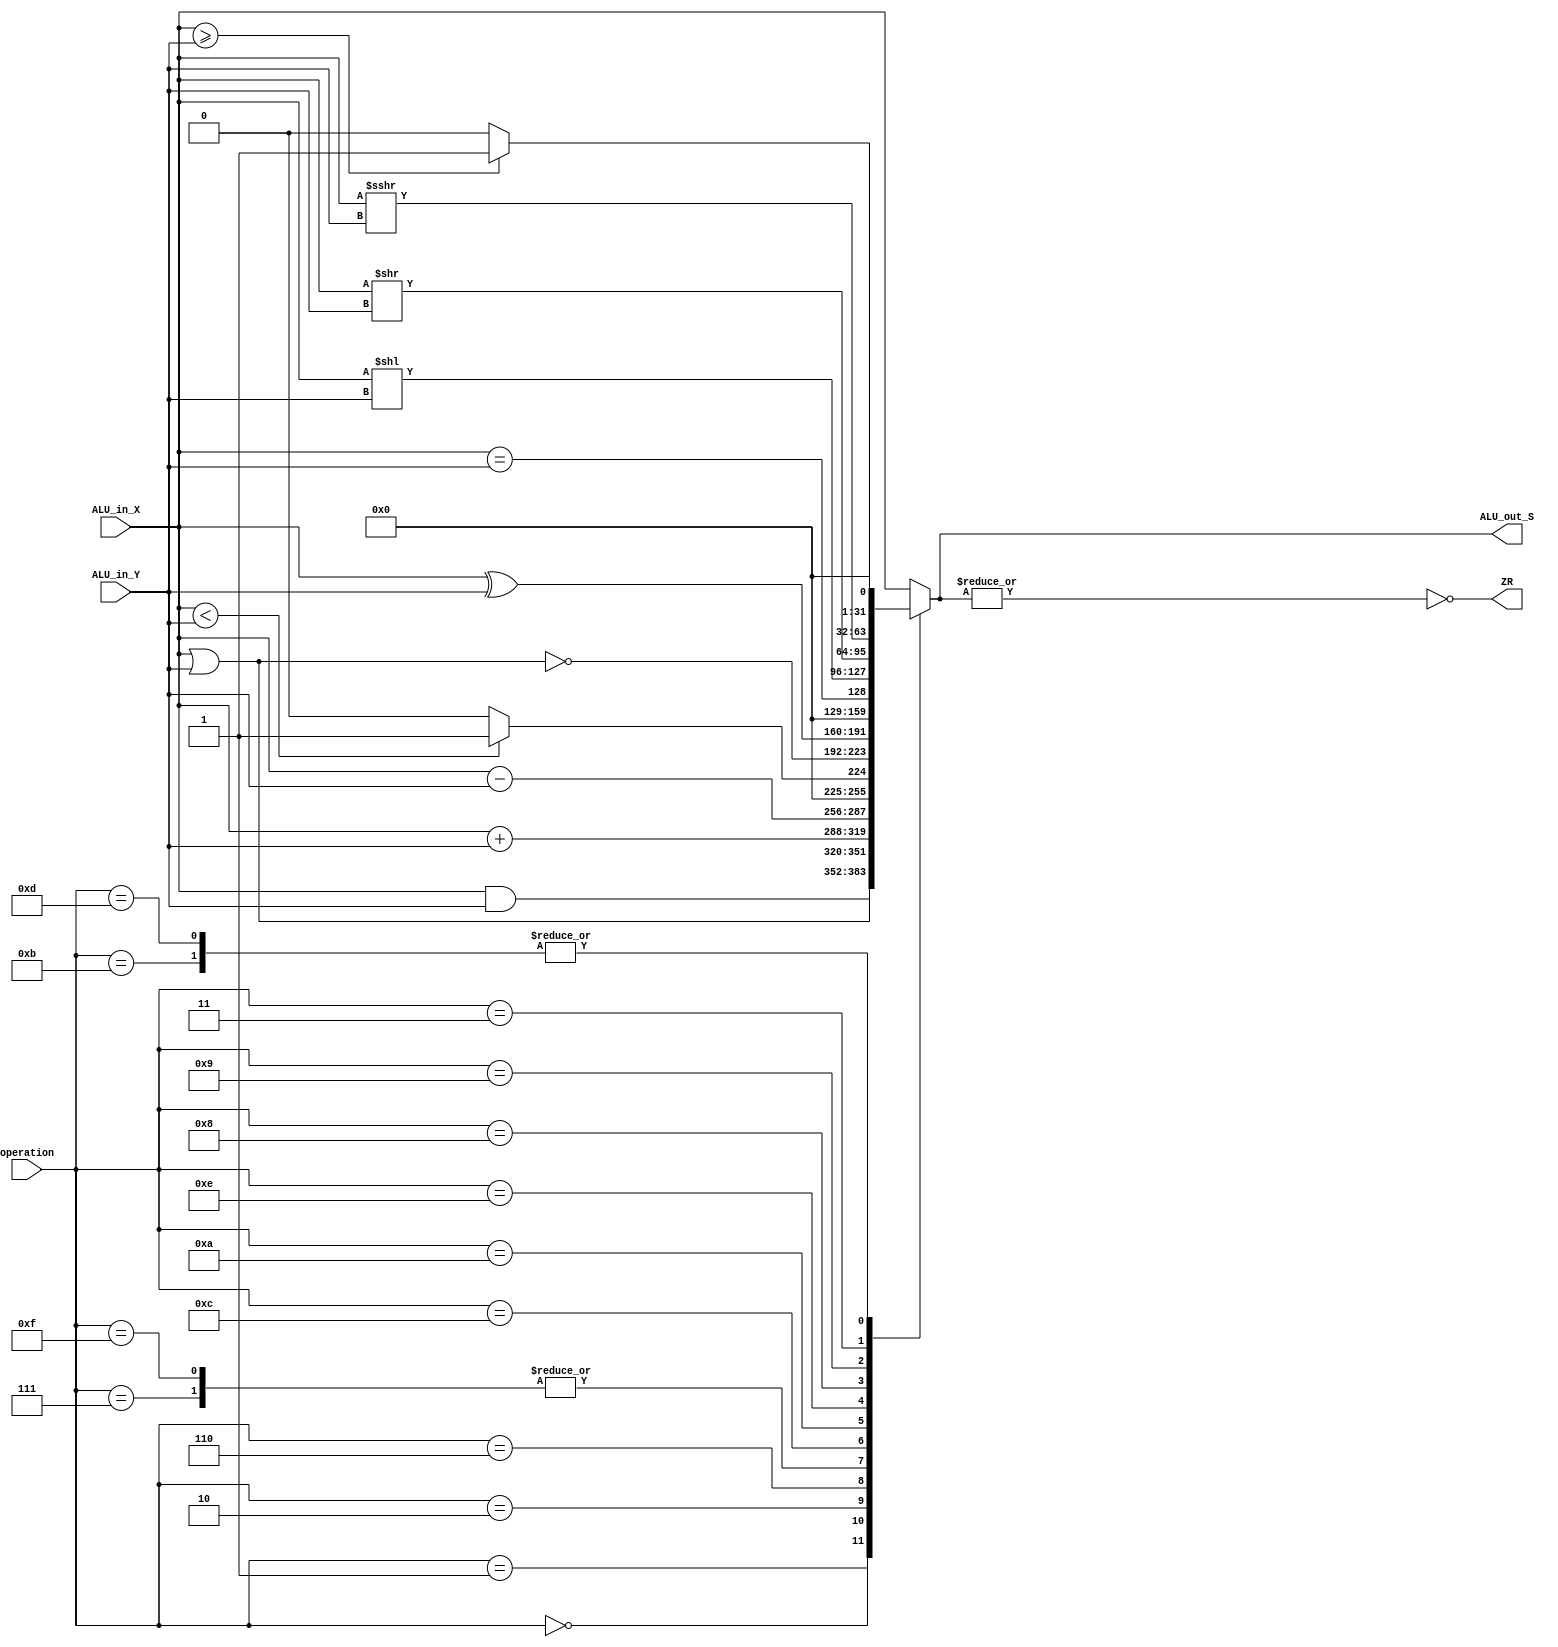
// This program was cloned from: https://github.com/JN513/Risco-5
// License: CERN Open Hardware Licence Version 2 - Permissive

module Alu (
    input wire [3:0] operation,
    input wire [31:0] ALU_in_X,
    input wire [31:0] ALU_in_Y,
    output reg [31:0] ALU_out_S,
    output wire ZR
);

localparam AND             = 4'b0000;
localparam OR              = 4'b0001;
localparam SUM             = 4'b0010;
localparam SUB             = 4'b0110;
localparam SLT             = 4'b0111;
localparam NOR             = 4'b1100;
localparam XOR             = 4'b1010;
localparam EQUAL           = 4'b1110;
localparam SHIFT_LEFT      = 4'b1000;
localparam SHIFT_RIGHT     = 4'b1001;
localparam GREATER_EQUAL   = 4'b1011;
localparam SHIFT_RIGHT_A   = 4'b0011;
localparam GREATER_EQUAL_U = 4'b1101;
localparam SLT_U           = 4'b1111;

assign ZR = ~( |ALU_out_S );

always @(*) begin
    case(operation)
        AND: // AND
            ALU_out_S = ALU_in_X & ALU_in_Y; 
        OR: // OR
            ALU_out_S = ALU_in_X | ALU_in_Y;
        SUM: // Adio
            ALU_out_S = ALU_in_X + ALU_in_Y;
        SUB: // Subtrao
            ALU_out_S = ALU_in_X - ALU_in_Y;
        SLT: // SLT
            ALU_out_S = (ALU_in_X < ALU_in_Y) ? 32'h1 : 32'h0;
        SLT_U: // SLT
            ALU_out_S = ($unsigned(ALU_in_X) < $unsigned(ALU_in_Y)) ? 32'h1 : 32'h0;
        NOR: // NOR
            ALU_out_S = ~(ALU_in_X | ALU_in_Y);
        XOR: // XOR (OU exclusivo)
            ALU_out_S = ALU_in_X ^ ALU_in_Y;
        EQUAL: // Igualdade
            ALU_out_S = ALU_in_X == ALU_in_Y;
        SHIFT_LEFT: // Shift Left (deslocamento  esquerda)
            ALU_out_S = ALU_in_X << ALU_in_Y;
        SHIFT_RIGHT: // Shift Right (deslocamento  direita)
            ALU_out_S = ALU_in_X >> ALU_in_Y;
        SHIFT_RIGHT_A: // Shift Rightmetic Arith (deslocamento  direita)
            ALU_out_S = ALU_in_X >>> ALU_in_Y;
        GREATER_EQUAL: // Maior igual
            ALU_out_S = (ALU_in_X >= ALU_in_Y) ? 32'h1 : 32'h0;
        GREATER_EQUAL_U: // Maior igual
            ALU_out_S = ($unsigned(ALU_in_X) >= $unsigned(ALU_in_Y)) ? 32'h1 : 32'h0;
        default: ALU_out_S = ALU_in_X ; // Operao padro
    endcase
end
    
endmodule